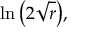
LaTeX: \ln { \bigl ( } 2 { \sqrt { r } } { \bigr ) } ,